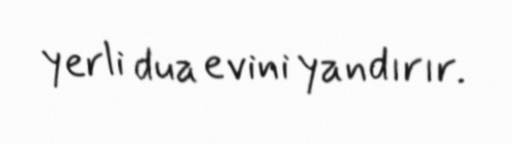
yerli dua evini yandırır.